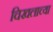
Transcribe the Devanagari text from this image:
चिखलाच्या